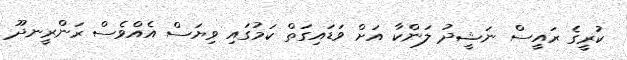
ކުރީގެ ރައީސް ނަޝީދު ލަންކާ އަށް ވަޑައިގަތް ކަމުގައި ވިޔަސް އެއްވެސް ރަންރީނދޫ